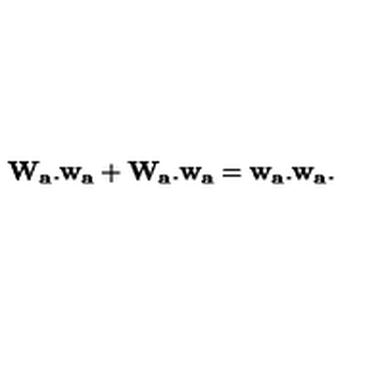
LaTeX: { \bf W _ { a } . w _ { a } } + { \bf W _ { a } . w _ { a } } = { \bf w _ { a } . w _ { a } } .